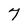
Character: 7